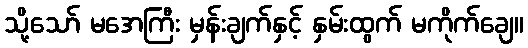
သို့သော် မအေကြီး မှန်းချက်နှင့် နှမ်းထွက် မကိုက်ချေ။